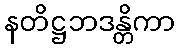
နတိဋ္ဌဘဒန္တိကာ